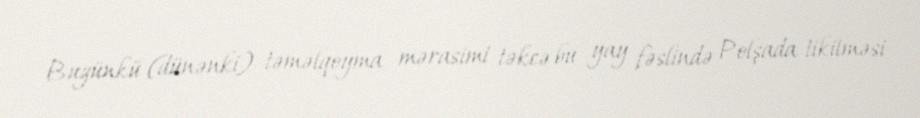
Bugünkü (dünənki) təməlqoyma mərasimi təkcə bu yay fəslində Polşada tikilməsi